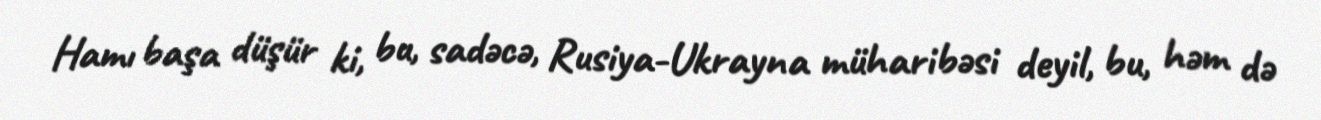
Hamı başa düşür ki, bu, sadəcə, Rusiya-Ukrayna müharibəsi deyil, bu, həm də